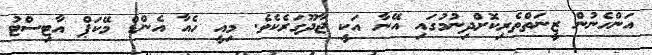
އަންހެނުން ޒީނަތްތެރިކޮށްދިނުމުގައި އޭނާ އަކީ ޖާދޫގަރެކެވެ. މިއީ ހެއާ އެންޑް މޭކަޕް އާޓިސްޓު